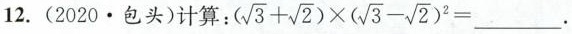
12.(2020·包头)计算：$$( \sqrt { 3 } + \sqrt { 2 } ) \times ( \sqrt { 3 } - \sqrt { 2 } ）^{ 2 } =$$ ___.